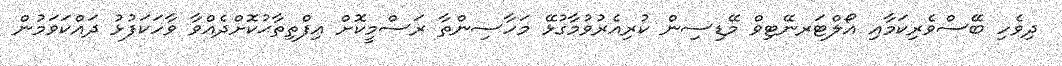
ދިވެހި ބޭސްވެރިކަމާއި އޯލްޓަރނޭޓިވް މޭޑިސިން ކުރިއެރުވުމާގުޅޭ މަހާސިންތާ ރަސްމީކޮށް އިފްތިތާޙުކޮށްދެއްވާ ވާހަކަފުޅު ދައްކަވަމުން